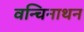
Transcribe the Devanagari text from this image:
वन्चिनाथन